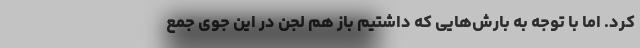
کرد. اما با توجه به بارش‌هایی که داشتیم باز هم لجن در این جوی جمع